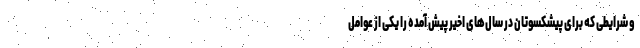
و شرایطی که برای پیشکسوتان در سال‌های اخیر پیش آمده را یکی از عوامل